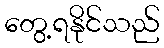
တွေ့ရနိုင်သည်